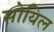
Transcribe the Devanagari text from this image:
सोयिल